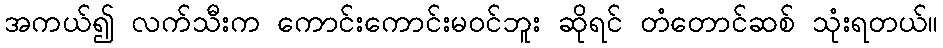
အကယ်၍ လက်သီးက ကောင်းကောင်းမဝင်ဘူး ဆိုရင် တံတောင်ဆစ် သုံးရတယ်။